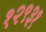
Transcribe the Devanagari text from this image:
१२९३१